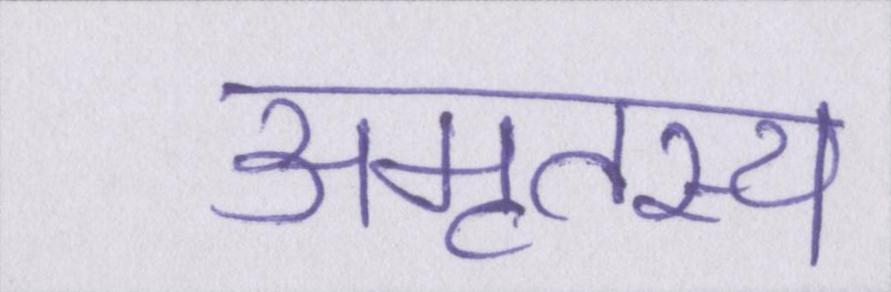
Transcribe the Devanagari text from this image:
अमृतस्य